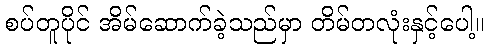
စပ်တူပိုင် အိမ်ဆောက်ခဲ့သည်မှာ တိမ်တလုံးနှင့်ပေါ့။